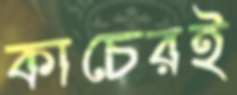
কাচেরই